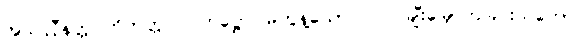
အသလ္လီနတ္တပဟိတတ္တ ပဂ္ဂဟဋ္ဌော၊ မတွန့်သော။ လ။ ချီးမြှောက်ခြင်းသဘော။